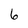
Character: 6